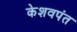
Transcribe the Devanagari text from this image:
केशवपंत